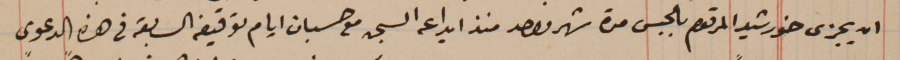
ان يجزى خورشيد المرقوم بالحبس مدة شهر واحد منذ ايداعه السجن مع حسبان ايام توقيفه السابقة فى هذه الدعوى